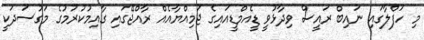
މި ހަފްލާގައި ނައިބް ރައީސް ވިދާޅުވީ ޑީއެމްޑީއައިގެ ޖަމިއްޔާއެއް ރާއްޖޭގައި ގާއިމުކުރުމުގެ މަގުސަދަކީ